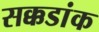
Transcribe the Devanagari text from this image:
सक्कडांक